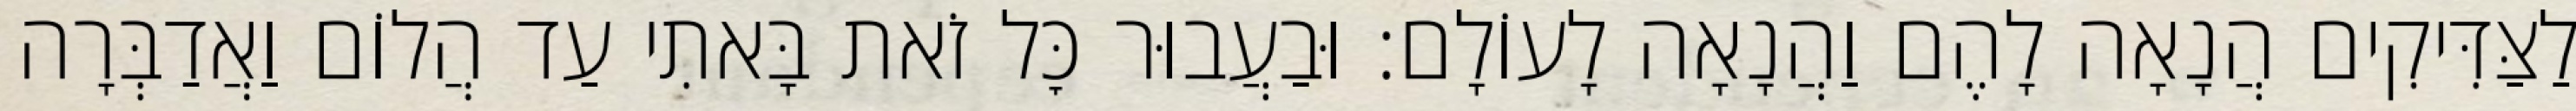
לַצַּדִּיקִים הֲנָאָה לָהֶם וַהֲנָאָה לָעוֹלָם: וּבַעֲבוּר כׇּל זֹאת בָּאתִי עַד הֲלוֹם וַאֲדַבְּרָה